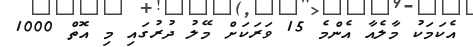
އެކަމަކު މާލެއާ އެންމެ 15 ވަރަކަށް މޭލު ދުރުގައި މި އޮތް 1000